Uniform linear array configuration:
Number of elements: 8
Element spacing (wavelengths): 0.75
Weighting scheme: binomial
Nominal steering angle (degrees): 30
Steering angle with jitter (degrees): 30.343
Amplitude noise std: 0.05
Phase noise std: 0.05

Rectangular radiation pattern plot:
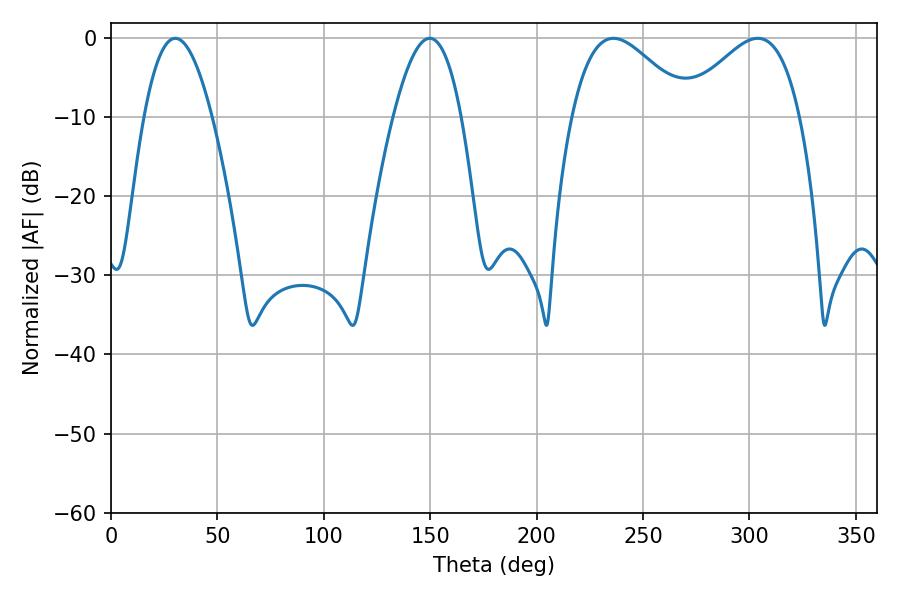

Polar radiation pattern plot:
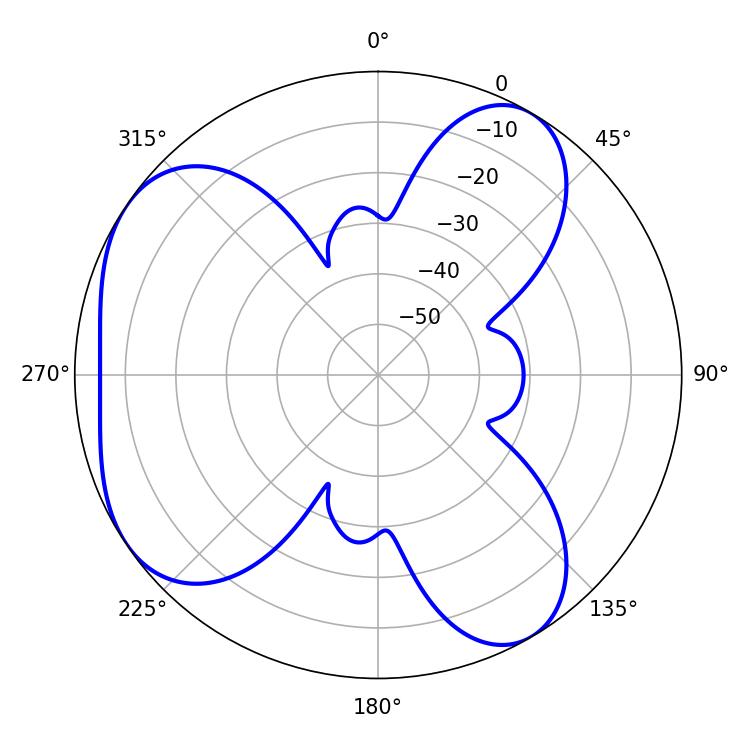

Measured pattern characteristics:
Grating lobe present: TRUE
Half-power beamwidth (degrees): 17.46
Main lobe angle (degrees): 30.24